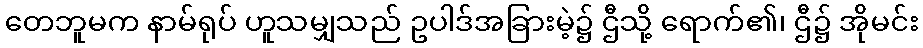
တေဘူမက နာမ်ရုပ် ဟူသမျှသည် ဥပါဒ်အခြားမဲ့၌ ဌီသို့ ရောက်၏၊ ဌီ၌ အိုမင်း